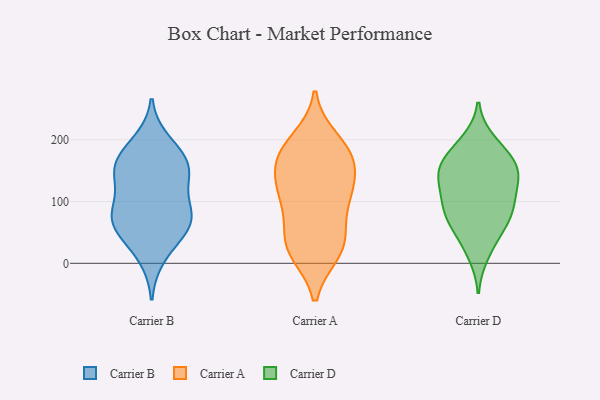
{"axis": {"x": "Shipments", "y": "Value"}, "legend": ["Carrier A", "Carrier B", "Carrier D"], "data": [{"x": "", "y": 136, "type": "Carrier B"}, {"x": "", "y": 42, "type": "Carrier B"}, {"x": "", "y": 68, "type": "Carrier B"}, {"x": "", "y": 179, "type": "Carrier B"}, {"x": "", "y": 197, "type": "Carrier B"}, {"x": "", "y": 76, "type": "Carrier B"}, {"x": "", "y": 148, "type": "Carrier B"}, {"x": "", "y": 59, "type": "Carrier B"}, {"x": "", "y": 165, "type": "Carrier B"}, {"x": "", "y": 144, "type": "Carrier B"}, {"x": "", "y": 10, "type": "Carrier B"}, {"x": "", "y": 91, "type": "Carrier B"}, {"x": "", "y": 156, "type": "Carrier B"}, {"x": "", "y": 89, "type": "Carrier B"}, {"x": "", "y": 66, "type": "Carrier B"}, {"x": "", "y": 124, "type": "Carrier A"}, {"x": "", "y": 102, "type": "Carrier A"}, {"x": "", "y": 32, "type": "Carrier A"}, {"x": "", "y": 19, "type": "Carrier A"}, {"x": "", "y": 23, "type": "Carrier A"}, {"x": "", "y": 108, "type": "Carrier A"}, {"x": "", "y": 177, "type": "Carrier A"}, {"x": "", "y": 199, "type": "Carrier A"}, {"x": "", "y": 174, "type": "Carrier A"}, {"x": "", "y": 170, "type": "Carrier A"}, {"x": "", "y": 179, "type": "Carrier A"}, {"x": "", "y": 57, "type": "Carrier A"}, {"x": "", "y": 27, "type": "Carrier A"}, {"x": "", "y": 140, "type": "Carrier A"}, {"x": "", "y": 112, "type": "Carrier A"}, {"x": "", "y": 149, "type": "Carrier D"}, {"x": "", "y": 96, "type": "Carrier D"}, {"x": "", "y": 86, "type": "Carrier D"}, {"x": "", "y": 165, "type": "Carrier D"}, {"x": "", "y": 156, "type": "Carrier D"}, {"x": "", "y": 74, "type": "Carrier D"}, {"x": "", "y": 124, "type": "Carrier D"}, {"x": "", "y": 96, "type": "Carrier D"}, {"x": "", "y": 14, "type": "Carrier D"}, {"x": "", "y": 37, "type": "Carrier D"}, {"x": "", "y": 139, "type": "Carrier D"}, {"x": "", "y": 198, "type": "Carrier D"}, {"x": "", "y": 72, "type": "Carrier D"}, {"x": "", "y": 190, "type": "Carrier D"}, {"x": "", "y": 122, "type": "Carrier D"}, {"x": "", "y": 165, "type": "Carrier D"}, {"x": "", "y": 60, "type": "Carrier D"}, {"x": "", "y": 149, "type": "Carrier D"}]}